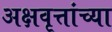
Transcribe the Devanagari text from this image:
अक्षवृत्तांच्या